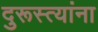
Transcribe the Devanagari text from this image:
दुरूस्त्यांना